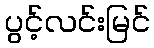
ပွင့်လင်းမြင်